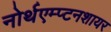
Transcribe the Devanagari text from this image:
नोर्थएम्प्टनशायर